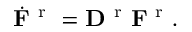
\dot { { \bf F } } ^ { \mathrm { ~ r ~ } } = { \bf D } ^ { \mathrm { ~ r ~ } } { \bf F } ^ { \mathrm { ~ r ~ } } .